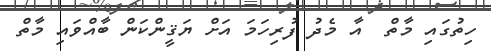
ހިތުގައި މާތް  އާ މެދު ފުރިހަމަ އަށް ޔަޤީންކަން ބާއްވައި މާތް